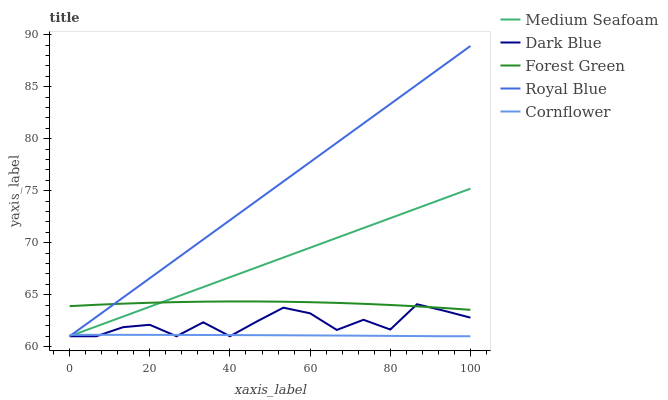
| xaxis_label | Medium Seafoam | Dark Blue | Forest Green | Royal Blue | Cornflower |
 | --- | --- | --- | --- | --- | --- |
 | 0 | 61 | 61 | 63.9 | 61 | 61.1 |
 | 6.67 | 61.9 | 61 | 64 | 62.9 | 61.1 |
 | 13.3 | 62.9 | 61.9 | 64.1 | 64.7 | 61.1 |
 | 20 | 63.8 | 62.1 | 64.2 | 66.6 | 61.1 |
 | 26.7 | 64.8 | 61 | 64.3 | 68.4 | 61.1 |
 | 33.3 | 65.7 | 62.3 | 64.3 | 70.3 | 61.1 |
 | 40 | 66.7 | 61 | 64.3 | 72.2 | 61.1 |
 | 46.7 | 67.6 | 62.4 | 64.3 | 74 | 61.1 |
 | 53.3 | 68.6 | 63.7 | 64.3 | 75.9 | 61.1 |
 | 60 | 69.5 | 63.2 | 64.3 | 77.7 | 61.1 |
 | 66.7 | 70.5 | 61.6 | 64.2 | 79.6 | 61.1 |
 | 73.3 | 71.4 | 62.6 | 64.1 | 81.5 | 61.1 |
 | 80 | 72.4 | 61.6 | 64 | 83.3 | 61 |
 | 86.7 | 73.3 | 64.1 | 63.9 | 85.2 | 61 |
 | 93.3 | 74.2 | 63.5 | 63.7 | 87.1 | 61 |
 | 100 | 75.2 | 62.8 | 63.5 | 88.9 | 61 |